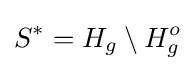
S^{*}=H_{g}\setminus H_{g}^{o}